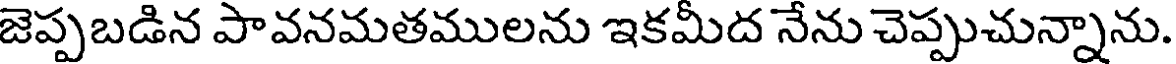
జెప్పబడిన పావనమతములను ఇకమీద నేను చెప్పుచున్నాను.